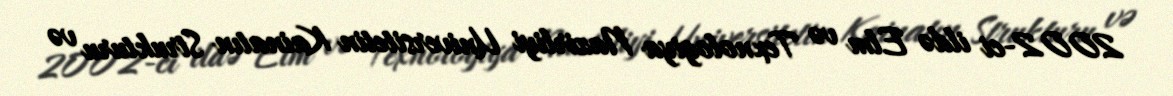
2002-ci ildə Elm və Texnologiya Nazirliyi Universitetin Kainatın Strukturu və